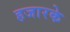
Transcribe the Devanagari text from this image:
हजारके